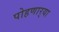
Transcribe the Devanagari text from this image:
पोहणार्‍या